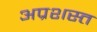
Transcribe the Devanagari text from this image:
अप्रशस्त